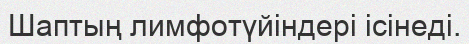
Шаптың лимфотүйіндері ісінеді.